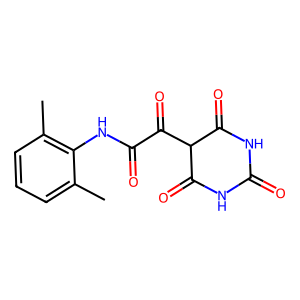
SMILES: Cc1cccc(C)c1NC(=O)C(=O)C1C(=O)NC(=O)NC1=O
Inhibits HIV replication: No